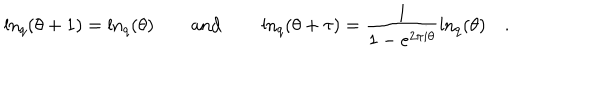
\ln _ { q } ( \theta + 1 ) = \ln _ { q } ( \theta ) \qquad \mathrm { a n d } \qquad \ln _ { q } \left( \theta + \tau \right) = \frac { 1 } { 1 - e ^ { 2 \pi i \theta } } \ln _ { q } ( \theta ) \quad .